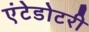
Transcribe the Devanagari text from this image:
एंटेडोटरी